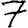
Digit: 7